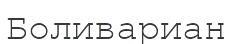
Боливариан